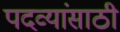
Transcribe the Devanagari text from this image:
पदव्यांसाठी